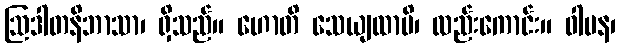
ဩဒါတနိဘာသာ၊ ရှိသည်။ ဟောတိ သေယျထာပိ၊ လည်းကောင်း။ ဝါပန၊